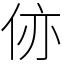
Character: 㑊